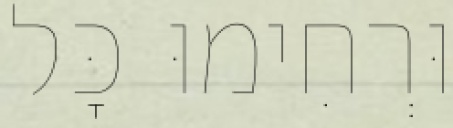
וּרְחִימוּ כׇּל